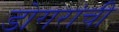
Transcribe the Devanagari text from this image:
डोगरांची